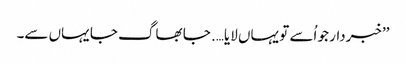
’’خبردار جو اُسے تو یہاں لایا…. جا بھاگ جا یہاں سے۔